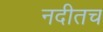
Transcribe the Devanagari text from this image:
नदीतच